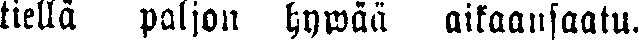
tiellä paljon hywää aikaansaatu.